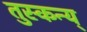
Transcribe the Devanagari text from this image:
तुस्कन्य्